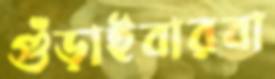
গুঁড়াইবারবা